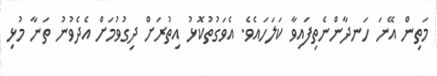
މަތިން އޭނަ ހަނދާންނެތިފައިވާ ކަލަހައެވެ. އެވަގުތުކޮޅު އިތުރަށް ދިގުވުމަށް އެދެވުނު ތަނާ މުޅި